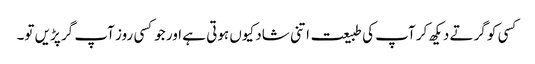
کسی کو گرتے دیکھ کر آپ کی طبیعت اتنی شاد کیوں ہوتی ہے اور جوکسی روز آپ گر پڑیں تو۔